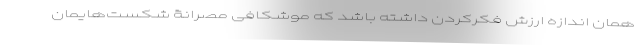
همان اندازه ارزش فکرکردن داشته باشد که موشکافی مصرانۀ شکست‌هایمان